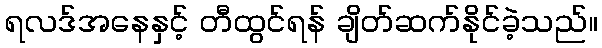
ရလဒ်အနေနှင့် တီထွင်ရန် ချိတ်ဆက်နိုင်ခဲ့သည်။